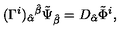
( \Gamma ^ { i } ) _ { \hat { \alpha } } { } ^ { \hat { \beta } } \tilde { \Psi } _ { \hat { \beta } } = D _ { \hat { \alpha } } \tilde { \Phi } ^ { i } ,